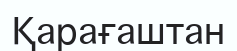
Қарағаштан